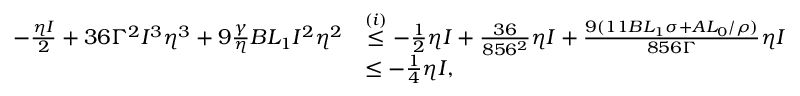
\begin{array} { r l } { - \frac { \eta I } { 2 } + 3 6 \Gamma ^ { 2 } I ^ { 3 } \eta ^ { 3 } + 9 \frac { \gamma } { \eta } B L _ { 1 } I ^ { 2 } \eta ^ { 2 } } & { \stackrel { ( i ) } { \leq } - \frac { 1 } { 2 } \eta I + \frac { 3 6 } { 8 5 6 ^ { 2 } } \eta I + \frac { 9 ( 1 1 B L _ { 1 } \sigma + A L _ { 0 } / \rho ) } { 8 5 6 \Gamma } \eta I } \\ & { \leq - \frac { 1 } { 4 } \eta I , } \end{array}